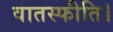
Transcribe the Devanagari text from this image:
वातस्फीति।